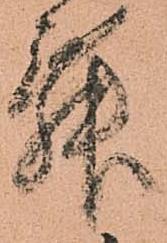
舞